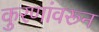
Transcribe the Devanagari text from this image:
कुरणांवरून